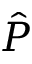
\hat { P }